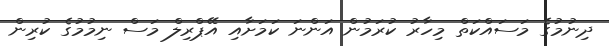
ދިނުމުގެ މަސައްކަތް މިހާރު ކުރަމުން އަންނަ ކަމަށާއި އޭޕްރިލް މަސް ނިމުމުގެ ކުރިން